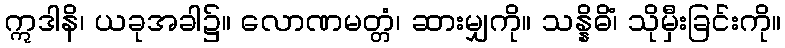
ဣဒါနိ၊ ယခုအခါ၌။ လောဏမတ္တံ၊ ဆားမျှကို။ သန္နိဓိံ၊ သိုမှီးခြင်းကို။